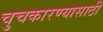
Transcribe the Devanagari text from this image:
चुचकारण्यासाठी